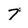
Character: 7